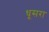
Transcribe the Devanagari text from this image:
धूसरा